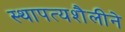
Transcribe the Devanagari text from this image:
स्थापत्यशैलीने